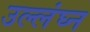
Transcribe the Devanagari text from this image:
उल्लंघ्न